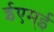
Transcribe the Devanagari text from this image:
ईएम्‌ई